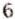
6